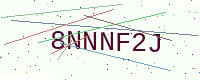
Text: 8NNNF2J